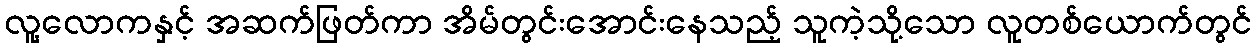
လူ့လောကနှင့် အဆက်ဖြတ်ကာ အိမ်တွင်းအောင်းနေသည့် သူကဲ့သို့သော လူတစ်ယောက်တွင်